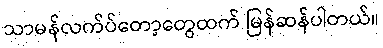
သာမန်လက်ပ်တော့တွေထက် မြန်ဆန်ပါတယ်။